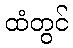
ထံတွင်